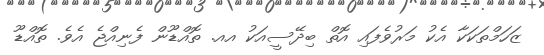
ޒަހަމްތަކަކާ އެކު މަރުވެފައި އޮތް ބިދޭސީއަކު އއ. ތޮއްޑޫން ފެނިއްޖެ އެވެ. ތޮއްޑޫ